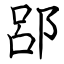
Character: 郘